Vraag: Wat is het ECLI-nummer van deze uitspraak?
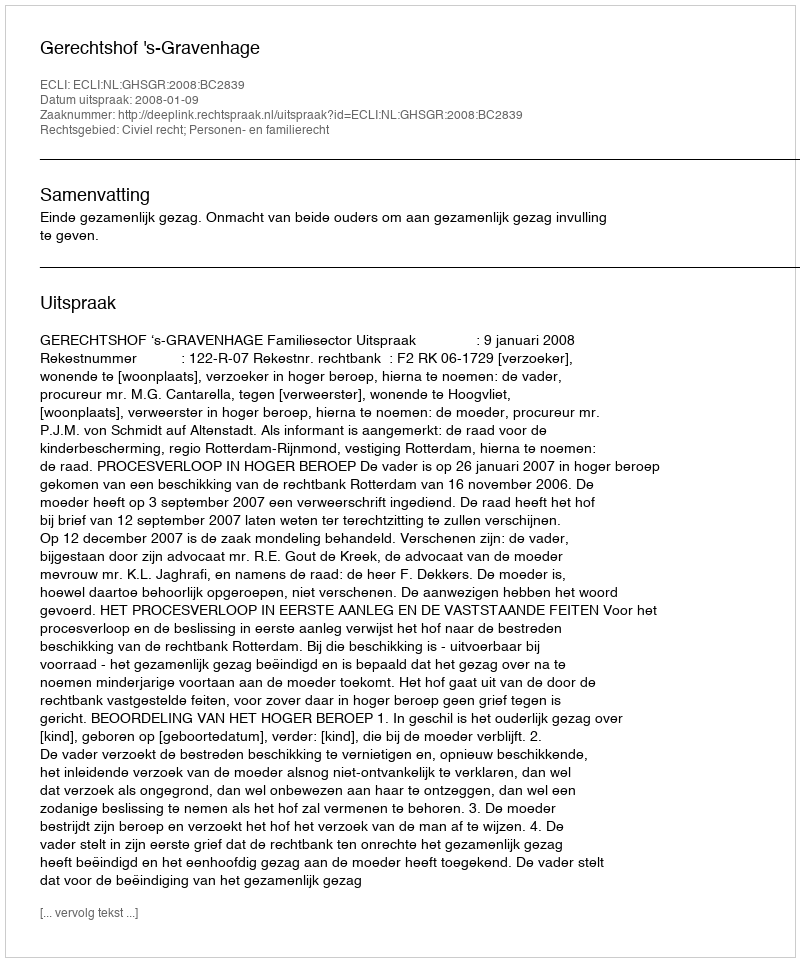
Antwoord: ECLI:NL:GHSGR:2008:BC2839